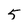
Character: 5